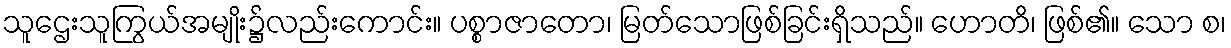
သူဌေးသူကြွယ်အမျိုး၌လည်းကောင်း။ ပစ္စာဇာတော၊ မြတ်သောဖြစ်ခြင်းရှိသည်။ ဟောတိ၊ ဖြစ်၏။ သော စ၊